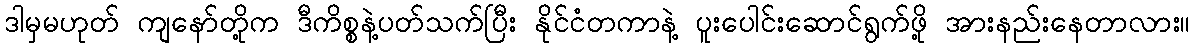
ဒါမှမဟုတ် ကျနော်တို့က ဒီကိစ္စနဲ့ပတ်သက်ပြီး နိုင်ငံတကာနဲ့ ပူးပေါင်းဆောင်ရွက်ဖို့ အားနည်းနေတာလား။